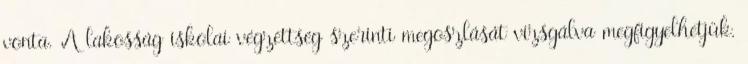
vonta. A lakosság iskolai végzettség szerinti megoszlását vizsgálva megfigyelhetjük,